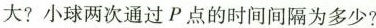
大?小球两次通过P点的时间间隔为多少?O